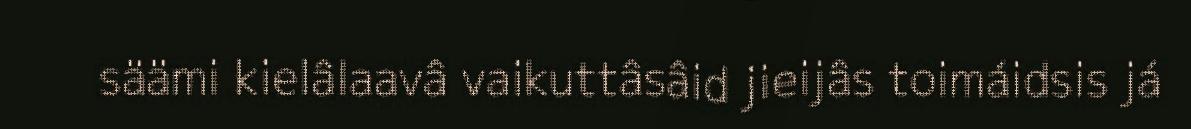
säämi kielâlaavâ vaikuttâsâid jieijâs toimáidsis já